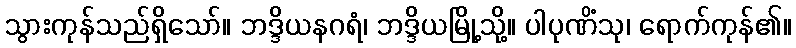
သွားကုန်သည်ရှိသော်။ ဘဒ္ဒိယနဂရံ၊ ဘဒ္ဒိယမြို့သို့။ ပါပုဏိံသု၊ ရောက်ကုန်၏။